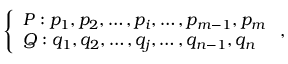
\left\{ \begin{array} { l l } { P : p _ { 1 } , p _ { 2 } , \dots , p _ { i } , \dots , p _ { m - 1 } , p _ { m } } \\ { Q : q _ { 1 } , q _ { 2 } , \dots , q _ { j } , \dots , q _ { n - 1 } , q _ { n } } \end{array} \right. ,